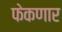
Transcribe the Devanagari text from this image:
फेकणार